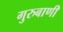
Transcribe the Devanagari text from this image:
गुरुबाणी